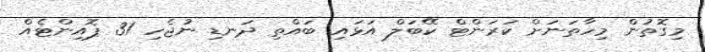
މިގޮތުން މިހާތަނަށް ކަރަންޓް ކޭބަލް އަޅައި ބައްތި ދަނޑި ނުޖެހި 31 ޕޮއިންޓެއް